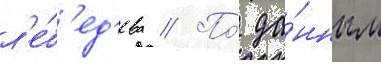
л'е́б'ед'ева // По́ да́нным